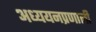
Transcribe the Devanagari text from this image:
अध्ययनप्रणाली